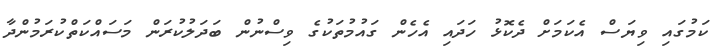
ކަމުގައި ވިޔަސް އެކަމަށް ދެކޮޅު ހަދައި އެހެން ގައުމުތަކުގެ ވިސްނުން ބަދަލުކުރަން މަސައްކަތްކުރަމުންދާ